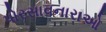
પોરસાવનારાઓ